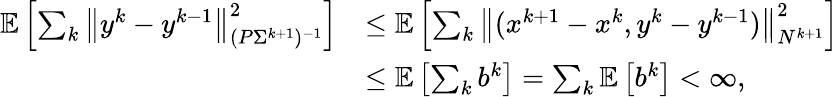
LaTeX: \begin{array}{rl}{\mathbb{E}\left[\sum_{k}\left\| y^{k}-y^{k-1}\right\| _{(P\Sigma^{k+1})^{-1}}^{2}\right]}&{\leq\mathbb{E}\left[\sum_{k}\left\| (x^{k+1}-x^{k},y^{k}-y^{k-1})\right\| _{N^{k+1}}^{2}\right]}\\ &{\leq\mathbb{E}\left[\sum_{k}b^{k}\right]=\sum_{k}\mathbb{E}\left[b^{k}\right]<\infty,}\end{array}